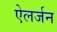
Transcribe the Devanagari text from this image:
ऐलर्जन